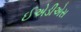
ઈએડીએસ